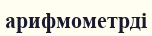
арифмометрді